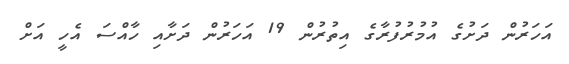
އަހަރުން ދަށުގެ އުމުރުފުރާގެ އިތުރުން 19 އަހަރުން ދަށާއި ހާއްސަ އެހީ އަށް